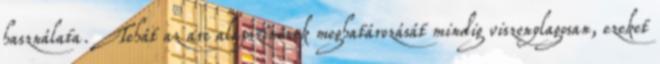
használata. Tehát az arc alapszínének meghatározását mindig viszonylagosan, ezeket